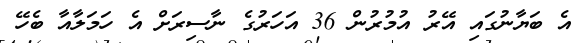
އެ ބަޔާނުގައި އޭރު އުމުރުން 36 އަހަރުގެ ނާސިރަށް އެ ހަމަލާއާ ބެހޭ